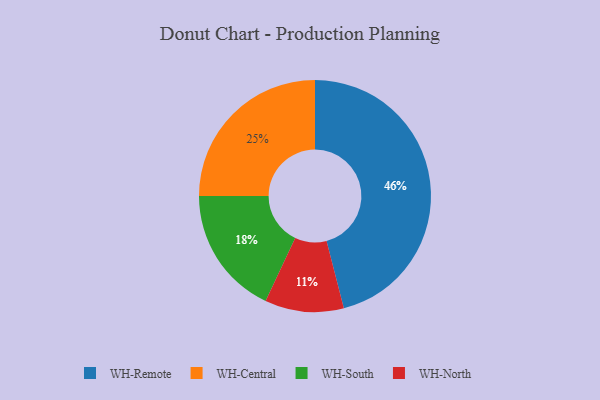
{"axis": {"x": "Category", "y": "Percentage"}, "legend": ["WH-Central", "WH-North", "WH-Remote", "WH-South"], "data": [{"x": "WH-Central", "y": 25, "type": "WH-Central"}, {"x": "WH-Remote", "y": 46, "type": "WH-Remote"}, {"x": "WH-South", "y": 18, "type": "WH-South"}, {"x": "WH-North", "y": 11, "type": "WH-North"}]}